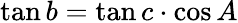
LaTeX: \tan b=\tan c\cdot\cos A